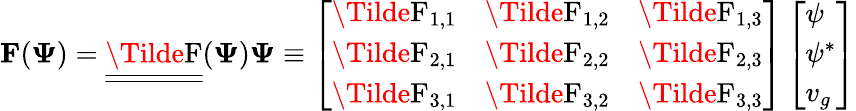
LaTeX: \mathbf{F}(\mathbf\Psi)=\underline{{\underline{{\Tilde{\operatorname{F}}}}}}(\mathbf{\Psi})\mathbf{\Psi}\equiv\left[\begin{array}{lll}{\Tilde{\operatorname{F}}_{1,1}}&{\Tilde{\operatorname{F}}_{1,2}}&{\Tilde{\operatorname{F}}_{1,3}}\\ {\Tilde{\operatorname{F}}_{2,1}}&{\Tilde{\operatorname{F}}_{2,2}}&{\Tilde{\operatorname{F}}_{2,3}}\\ {\Tilde{\operatorname{F}}_{3,1}}&{\Tilde{\operatorname{F}}_{3,2}}&{\Tilde{\operatorname{F}}_{3,3}}\end{array}\right]\left[\begin{array}{l}{\psi}\\ {\psi^{*}}\\ {v_{g}}\end{array}\right]